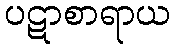
ပဋာစာရာယ